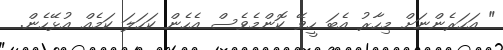
" އަހަރެންނަށް މިހާރު އެބަ ހީވޭ ކޮންމެވެސް އެހެން ކަހަލަ ކަމެއް އުޅޭހެން.